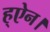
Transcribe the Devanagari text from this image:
ह्ऐन।